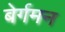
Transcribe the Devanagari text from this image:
बेर्गमन